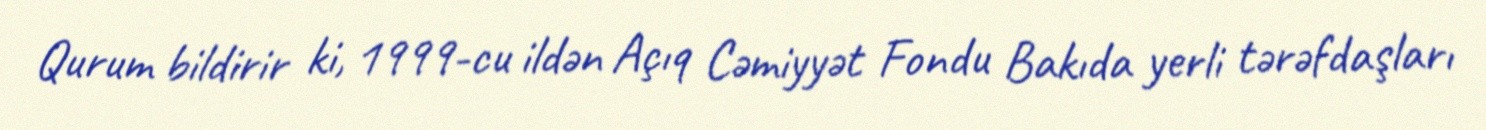
Qurum bildirir ki, 1999-cu ildən Açıq Cəmiyyət Fondu Bakıda yerli tərəfdaşları